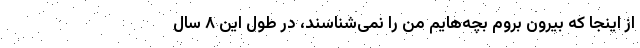
از اینجا که بیرون بروم بچه‌هایم من را نمی‌شناسند، در طول این ۸ سال